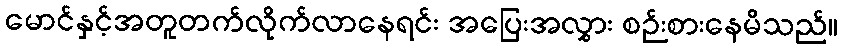
မောင်နှင့်အတူတက်လိုက်လာနေရင်း အပြေးအလွှား စဉ်းစားနေမိသည်။